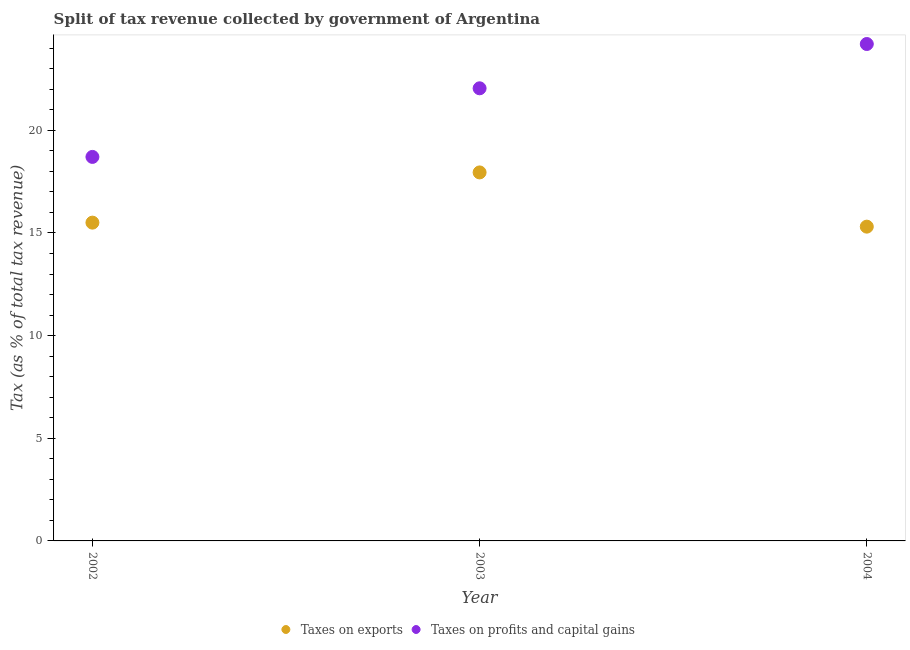
| Year | Taxes on exports | Taxes on profits and capital gains |
 | --- | --- | --- |
 | 2002 | 15.5 | 18.7 |
 | 2003 | 17.9 | 22 |
 | 2004 | 15.3 | 24.2 |